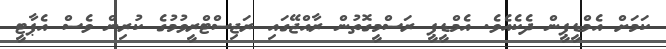
ކަމަށް އެމްޑީޕީން ދެކެއެވެ. އެމްޑީޕީ ރަސްމީގޮތުން ރާއްޖޭގައި ރަޖިސްޓްރީވުމުގެ ކުރިން ވެސް އެޕާޓީ